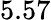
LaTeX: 5.57